画像に写った文字を読んでください
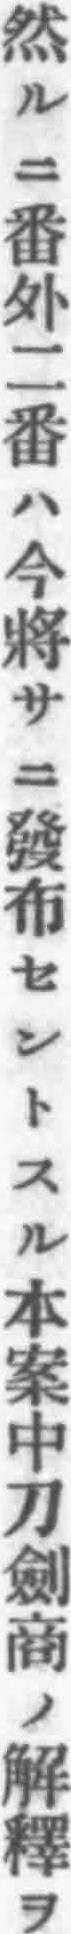
「然ルニ番外二番ハ今將サニ發布セントスル本案中刀劍商ノ解釋ヲ」と書いてあります